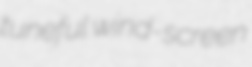
tuneful wind-screen